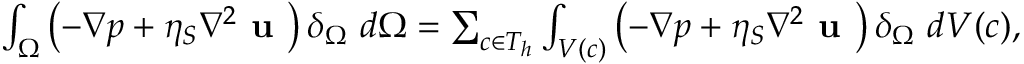
\begin{array} { r } { \int _ { \Omega } \left( - \nabla p + \eta _ { S } \nabla ^ { 2 } \textbf { u } \right) \delta _ { \Omega } ~ d \Omega = \sum _ { c \in T _ { h } } \int _ { V ( c ) } \left( - \nabla p + \eta _ { S } \nabla ^ { 2 } \textbf { u } \right) \delta _ { \Omega } ~ d V ( c ) , } \end{array}